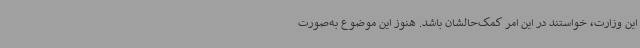
این وزارت، خواستند در این امر کمک‌حالشان باشد. هنوز این موضوع به‌صورت